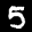
Label: 5